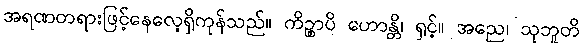
အရဏတရားဖြင့်နေလေ့ရှိကုန်သည်။ ကိဉ္စာပိ ဟောန္တိ၊ ရှင့်။ အညေ၊ သုဘူတိ